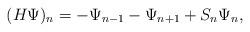
LaTeX: \begin{align*}(H\Psi)_n = -\Psi_{n-1}-\Psi_{n+1}+S_n\Psi_n,\end{align*}